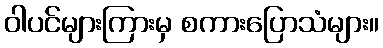
ဝါပင်များကြားမှ စကားပြောသံများ။